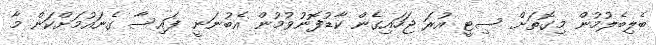
ބެލިބެލުމުން މިގޮތަށް ސިޓީ އުރަ ޖަހައިގެން ކާޑުފޮނުވުމުން އެބުނަނީ ފައިސާ ގެނައުމަށްކަން މާ